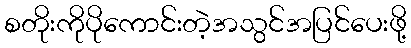
စတိုးကိုပိုကောင်းတဲ့အသွင်အပြင်ပေးဖို့